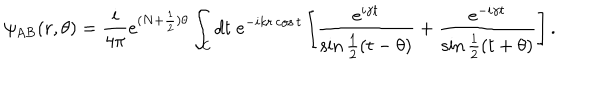
\psi _ { \mathrm { A B } } ( r , \theta ) = { \frac { i } { 4 \pi } } e ^ { ( N + { \frac { 1 } { 2 } } ) \theta } \int _ { \cal C } d t \; e ^ { - i k r \cos t } \left[ { \frac { e ^ { i \gamma t } } { \sin { \frac { 1 } { 2 } } ( t - \theta ) } } + { \frac { e ^ { - i \gamma t } } { \sin { \frac { 1 } { 2 } } ( t + \theta ) } } \right] .